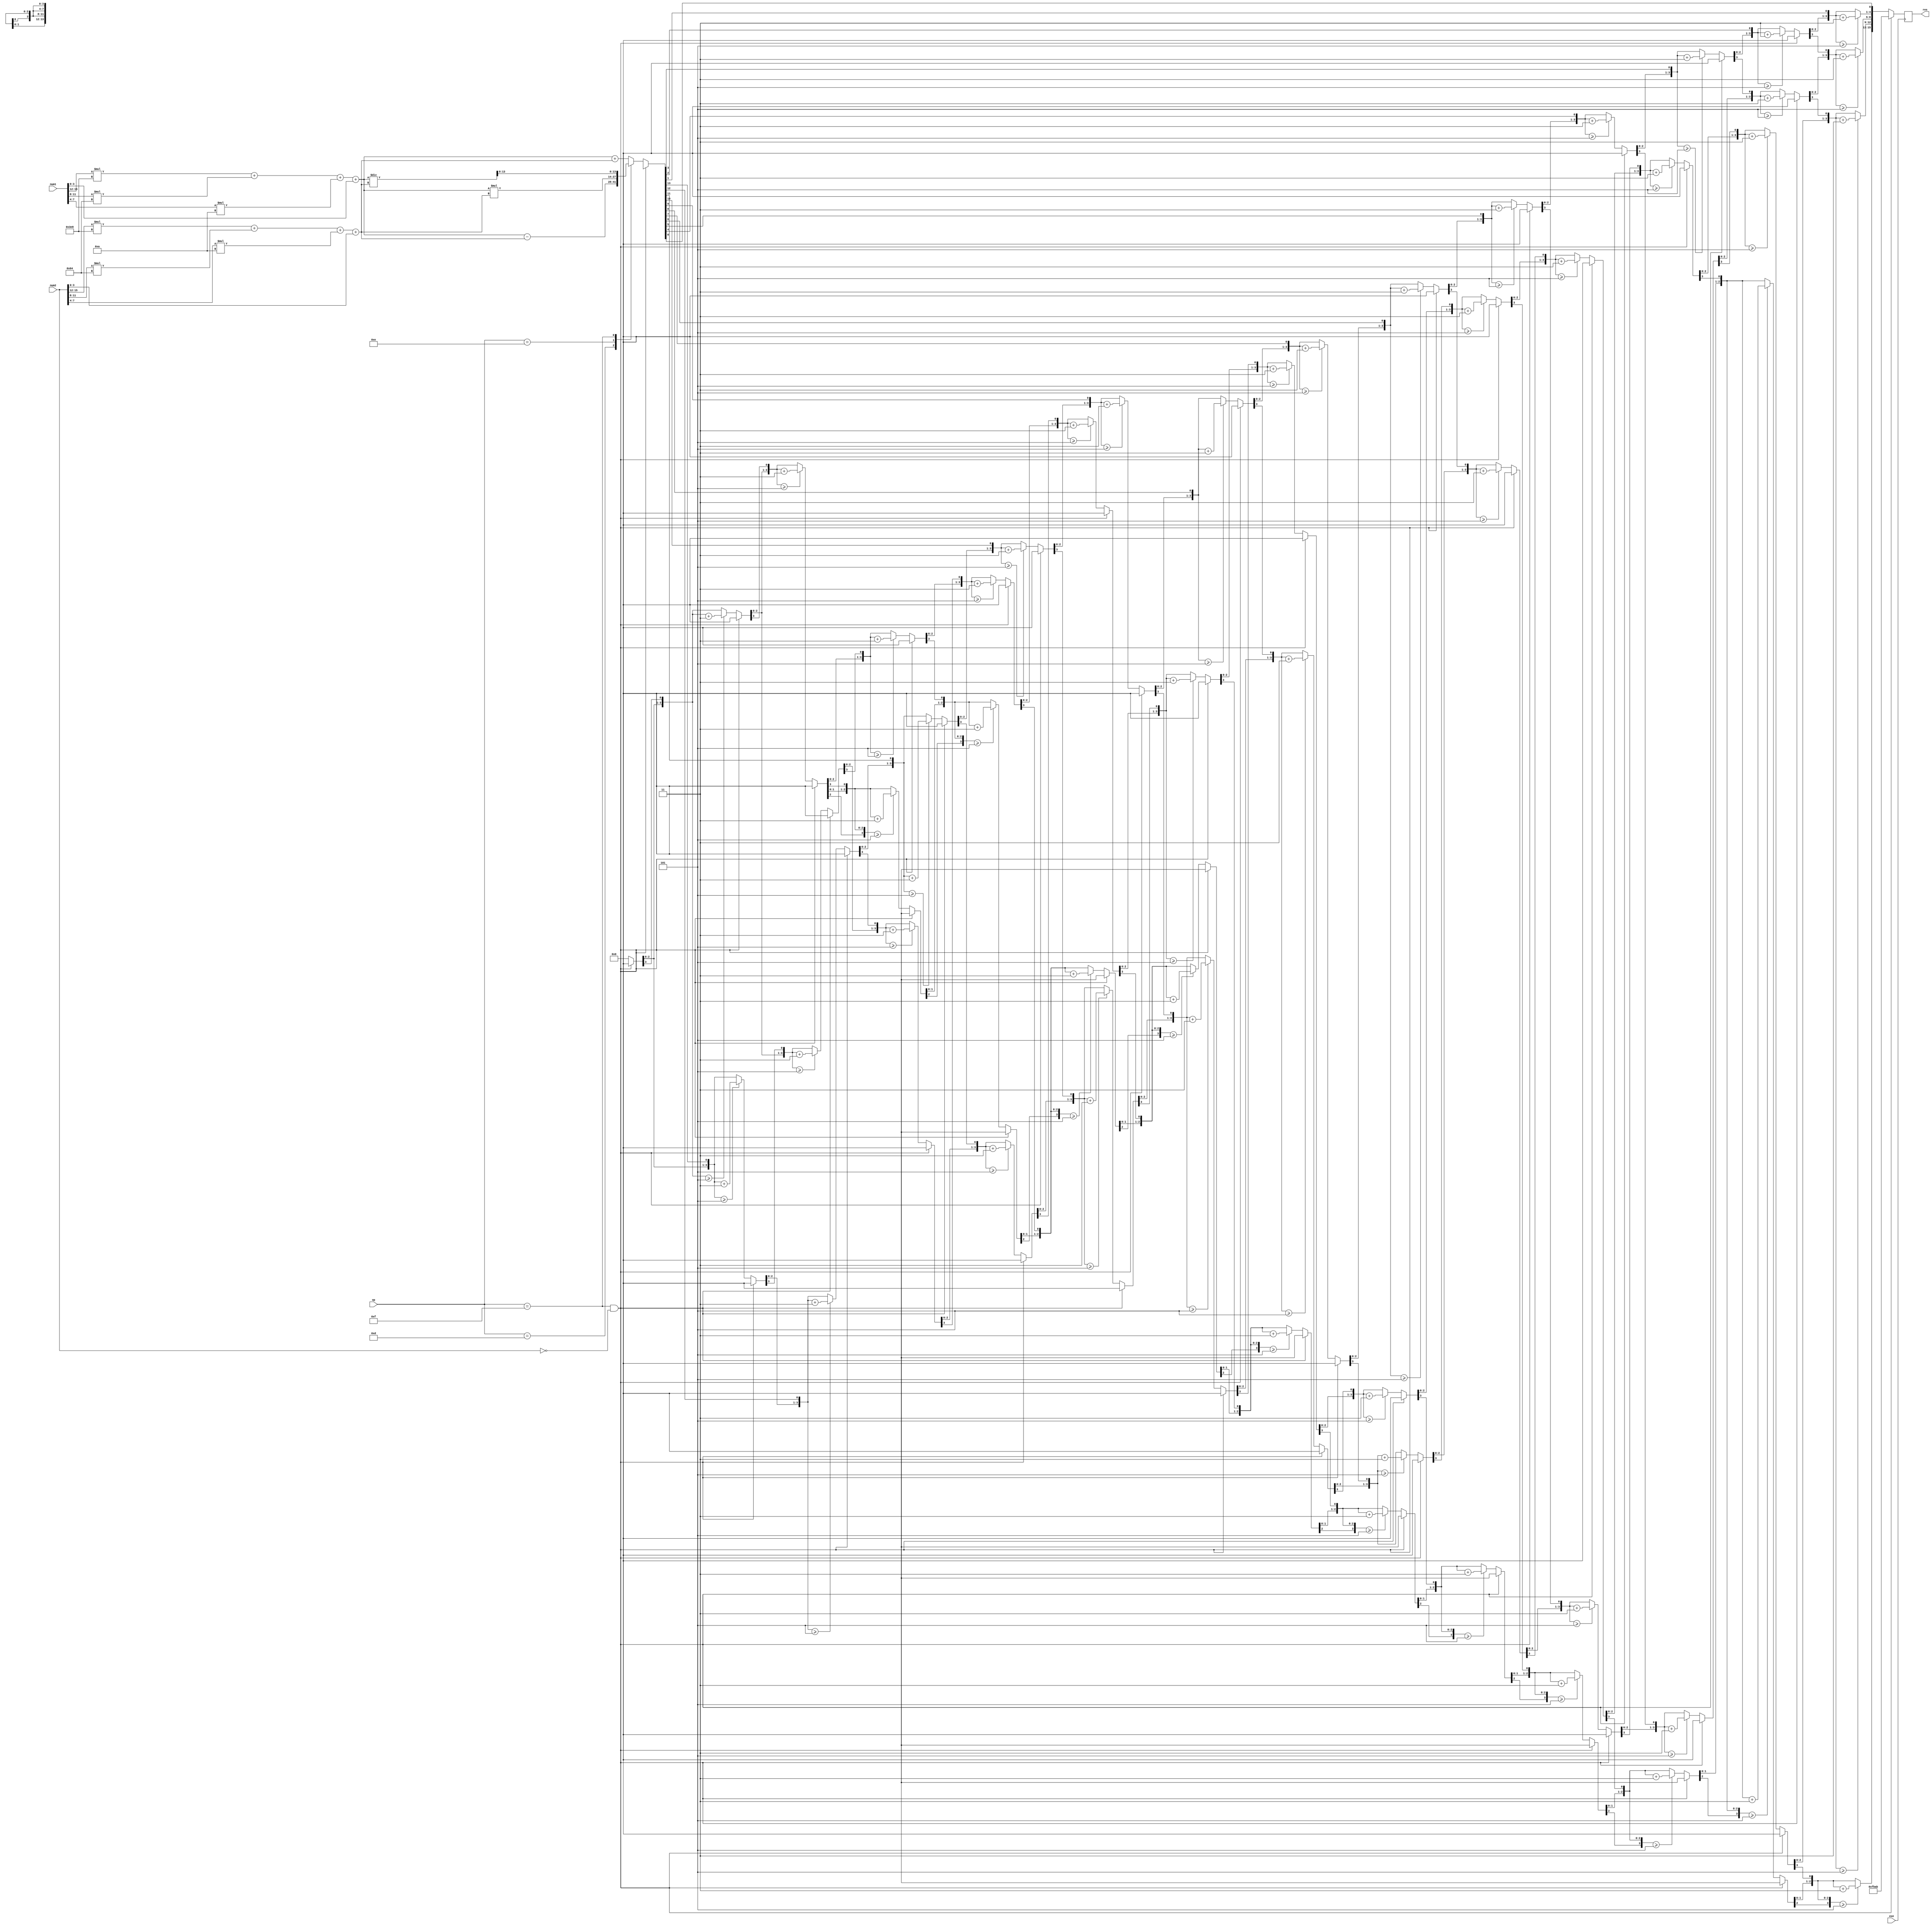
module ALU(
    input[15:0] num1, num2,     //Num 1 and 2 BCD
    input[3:0] op,              //Operand
    input exe,                  //Signal to do the operation
    output reg [15:0] res,       //Output BCD result
);

localparam nan = 16'hFBAB;  //Not a number param

localparam plus = 4'd12;
localparam minus = 4'd13;
localparam mult = 4'd14;
localparam div = 4'd15;

wire[13:0] num1Bin, num2Bin;
integer i, binResult;
assign num1Bin = fromBCDtoBin(num1); //assign connections between inputs and outputs
assign num2Bin = fromBCDtoBin(num2);

always @(posedge exe)
    begin
        if ((op == div) && (num2 == 0)) begin
            res = nan;
        end
        else begin
        case (op)
            plus: binResult = num1Bin + num2Bin;
            minus: binResult = num1Bin - num2Bin;
            mult: binResult = num1Bin * num2Bin;
            div: binResult = num1Bin / num2Bin;
            default: binResult = num1Bin + num2Bin;
        endcase
        res = 0;
        for (i = 0; i < 14; i = i+1) 
            begin					//Iterate once for each bit in input number
                if (res[3:0] >= 5) res[3:0] = res[3:0] + 3;		//If any BCD digit is >= 5, add three
                if (res[7:4] >= 5) res[7:4] = res[7:4] + 3;
                if (res[11:8] >= 5) res[11:8] = res[11:8] + 3;
                if (res[15:12] >= 5) res[15:12] = res[15:12] + 3;
                res = {res[14:0], binResult[13-i]};				//Shift one bit, and shift in proper bit from input 
            end
        end
    end

function [13:0] fromBCDtoBin (input [15:0] BCDnum);
    begin
        fromBCDtoBin = (BCDnum[15:12] * 10'd1000) + (BCDnum[11:8] * 7'd100) + (BCDnum[7:4] * 4'd10) + BCDnum[3:0];
    end
endfunction

endmodule